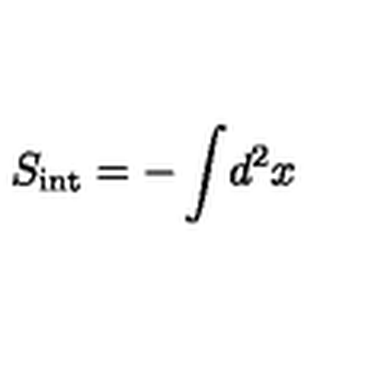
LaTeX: S _ { \mathrm { i n t } } = - \int \! d ^ { 2 } x \,